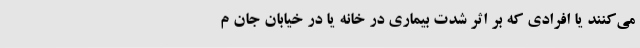
می‌کنند یا افرادی که بر اثر شدت بیماری در خانه یا در خیابان جان م